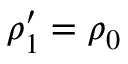
\rho _ { 1 } ^ { \prime } = \rho _ { 0 }